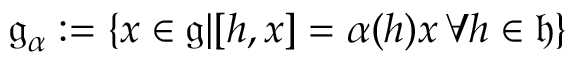
{ \mathfrak { g _ { \alpha } } } : = \{ x \in { \mathfrak { g } } | [ h , x ] = \alpha ( h ) x \, \forall h \in { \mathfrak { h } } \}